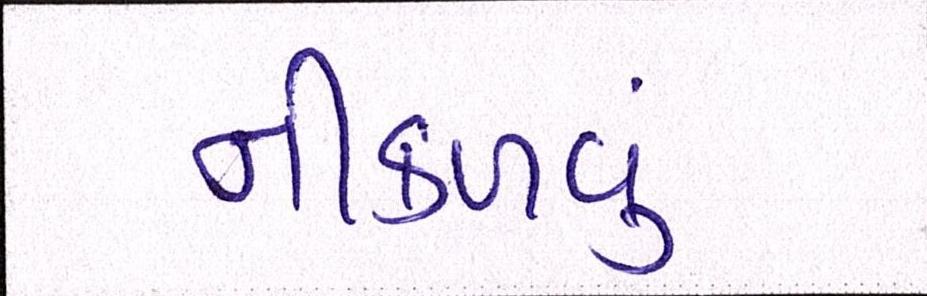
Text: નીકળવું